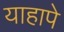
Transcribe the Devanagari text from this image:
याहापे